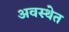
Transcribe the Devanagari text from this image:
अवस्‍थेत